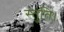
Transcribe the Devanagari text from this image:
स्तुति।